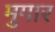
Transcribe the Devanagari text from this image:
मुगार